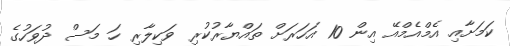
ކަމަށާއި އެމްއެމްއޭ އިން 10 އަހަރަށް ތައްޔާރުކުރި ވަކިލާރި ހަ މަސް ދުވަހުގެ